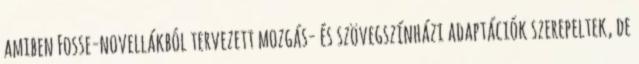
amiben Fosse-novellákból tervezett mozgás- és szövegszínházi adaptációk szerepeltek, de